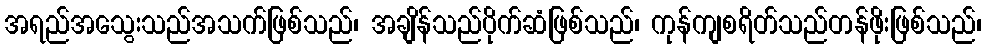
အရည်အသွေးသည်အသက်ဖြစ်သည်၊ အချိန်သည်ပိုက်ဆံဖြစ်သည်၊ ကုန်ကျစရိတ်သည်တန်ဖိုးဖြစ်သည်၊